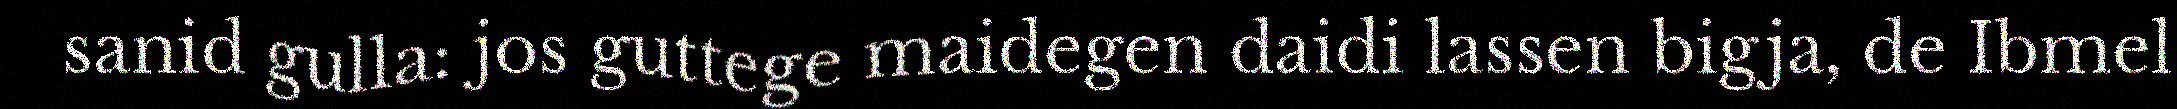
sanid gulla: jos guttege maidegen daidi lassen bigja, de Ibmel